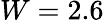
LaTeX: W=2.6